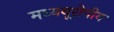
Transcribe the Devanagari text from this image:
मध्ययूरोपीय